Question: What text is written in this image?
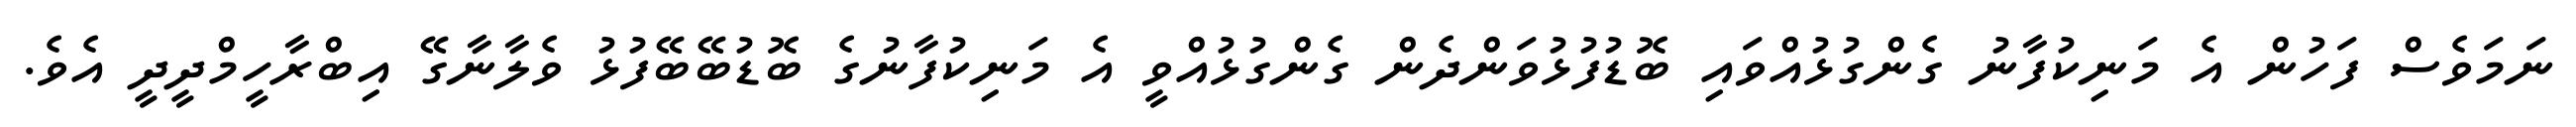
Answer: ނަމަވެސް ފަހުން އެ މަނިކުފާނު ގެންގުޅުއްވައި ބޮޑުފުޅުވަންދެން ގެންގުޅުއްވީ އެ މަނިކުފާނުގެ ބޮޑުބޭބޭފުޅު ވެލާނާގޭ އިބްރާހީމްދީދީ އެވެ.